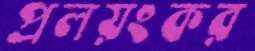
প্রলয়ংকর